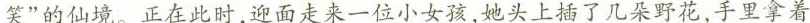
笑”的仙境。正在此时，迎面走来一位小女孩，她头上插了几朵野花，手里拿着